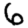
Digit: 6